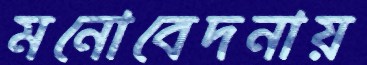
মনোবেদনায়